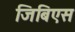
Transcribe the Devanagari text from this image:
जिबिएस